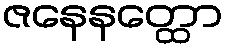
ဇနေနတ္ထော